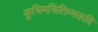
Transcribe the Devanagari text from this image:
कूचिमचितिम्मकवि